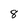
Character: 8